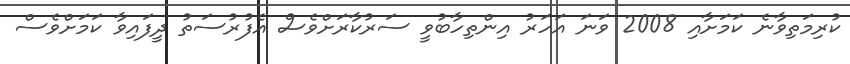
ކުރިމަތިވާނެ ކަމަށާއި 2008 ވަނަ އަހަރު އިންތިހާބުވީ ސަރުކާރަށްވެސް އެފުރުސަތު ދީފައިވާ ކަމަށްވެސް